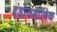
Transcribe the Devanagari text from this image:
इंडोजर्मानिक